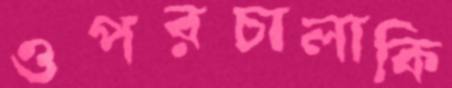
ওপরচালাকি